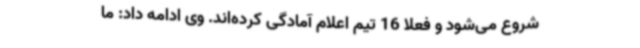
شروع می‌شود و فعلاً 16 تیم اعلام آمادگی کرده‌اند. وی ادامه داد: ما